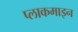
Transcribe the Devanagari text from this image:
प्लाकमाइन